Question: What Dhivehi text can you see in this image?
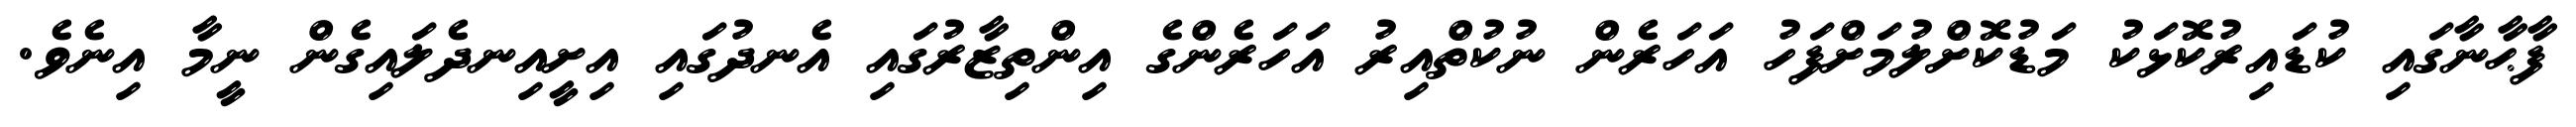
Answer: ފާޙާނާގައި ކުޑައިރުކޮޅަކު މަޑުކޮށްލުމަށްފަހު އަހަރެން ނުކުތްއިރު އަހަރެންގެ އިންތިޒާރުގައި އެނދުގައި އިށީއިނދެލައިގެން ނީމާ އިނެވެ.